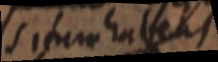
situm habens